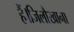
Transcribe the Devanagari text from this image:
हैं।जिलौखाना